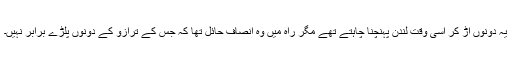
یہ دونوں اڑ کر اسی وقت لندن پہنچنا چاہتے تھے مگر راہ میں وہ انصاف حائل تھا کہ جس کے ترازو کے دونوں پلڑے برابر نہیں۔